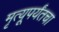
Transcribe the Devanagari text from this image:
मृत्यूपर्यंतचा